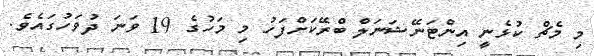
މި މެޗް ކުޅެނީ އިންޓަނޭޝަނަލް ބްރޭކަށްފަހު މި މަހުގެ 19 ވަނަ ދުވަހުގައެވެ.